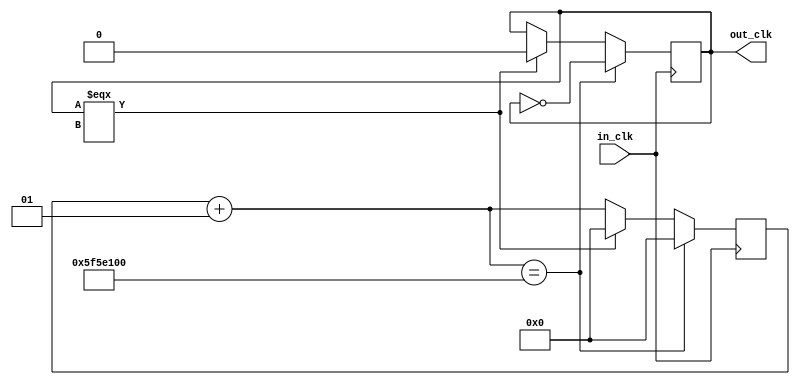
`timescale 1ns / 1ps
//////////////////////////////////////////////////////////////////////////////////
// Company: 
// Engineer: 
// 
// Design Name: 
// Module Name:    freq_divider 
// Project Name: 
// Target Devices: 
// Tool versions: 
// Description: 
//
// Dependencies: 
//
// Revision: 
// Revision 0.01 - File Created
// Additional Comments: 
//
//////////////////////////////////////////////////////////////////////////////////
module freq_divider_1Hz(
    input in_clk,
    output out_clk
    );
	 reg out = 0 ;
	 integer counter = 0 ;
	 
	 
	 
	 always @(posedge in_clk) 
	 begin
	 counter = counter + 1 ;
	 if(counter == 100000000)
		begin
			counter = 0;
			out = ~out;
		end
	 else if(out === 1'bx )
		begin
		  out = 0 ;
		  counter = 0 ;
		end
	 end
	 
	 assign out_clk  = out;
endmodule